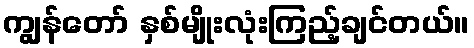
ကျွန်တော် နှစ်မျိုးလုံးကြည့်ချင်တယ်။